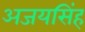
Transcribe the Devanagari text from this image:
अजयसिंह